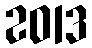
2013